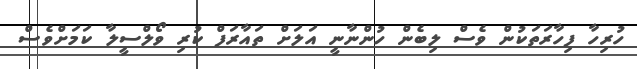
ހުރިހާ ފިހާރަތަކުން ވެސް ލިބެން ހުންނާނީ އަލަށް ތައާރަފް ކުރި ވޯލްސީލާ ކަމަށްވެސް